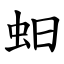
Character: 蚎